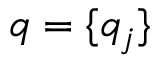
q = \{ q _ { j } \}